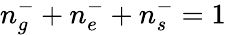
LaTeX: n_{g}^{-}+n_{e}^{-}+n_{s}^{-}=1